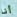
أنا